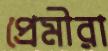
প্রেমীরা